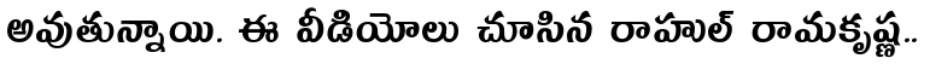
అవుతున్నాయి. ఈ వీడియోలు చూసిన రాహుల్ రామకృష్ణ..